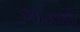
ભાડલી